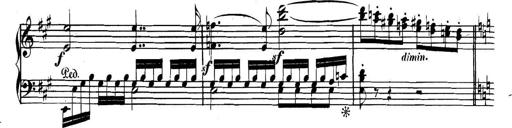
Title: Collected Piano Sonatas
Composer: Muzio Clementi